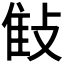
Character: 𢽝